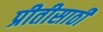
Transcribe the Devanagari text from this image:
प्रीतीसाठी